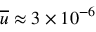
\overline { { u } } \approx 3 \times 1 0 ^ { - 6 }